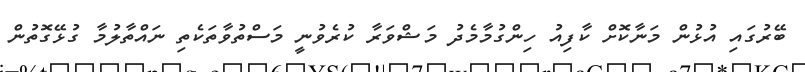
ބޭރުގައި އުޅުން މަނާކޮށް ކާފިއު ހިންގުމާމެދު މަޝްވަރާ ކުރެވުނީ މަސްތުވާތަކެތި ނައްތާލުމާ ގުޅޭގޮތުން